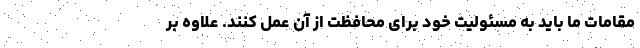
مقامات ما باید به مسئولیت خود برای محافظت از آن عمل کنند. علاوه بر